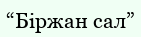
“Біржан сал”